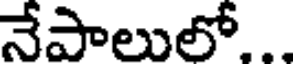
నేపాలులో...